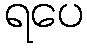
ရပေ